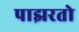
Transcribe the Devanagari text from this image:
पाझरतो